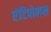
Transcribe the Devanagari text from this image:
एंटिपोलस